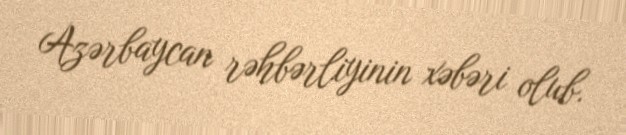
Azərbaycan rəhbərliyinin xəbəri olub.